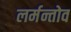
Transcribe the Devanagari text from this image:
लर्मन्तोव